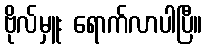
ဗိုလ်မှူး ရောက်လာပါပြီ။